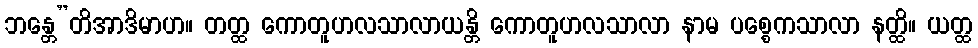
ဘန္တေ”တိအာဒိမာဟ။ တတ္ထ ကောတူဟလသာလာယန္တိ ကောတူဟလသာလာ နာမ ပစ္စေကသာလာ နတ္ထိ။ ယတ္ထ